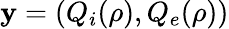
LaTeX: \mathbf{y}=(Q_{i}(\rho),Q_{e}(\rho))